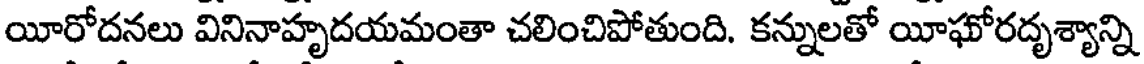
యీరోదనలు వినినాహృదయమంతా చలించిపోతుంది. కన్నులతో యీఘోరదృశ్యాన్ని